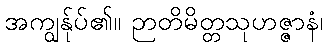
အကျွန်ုပ်၏။ ဉာတိမိတ္တသုဟဇ္ဇာနံ၊